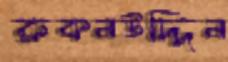
রুকনউদ্দিন